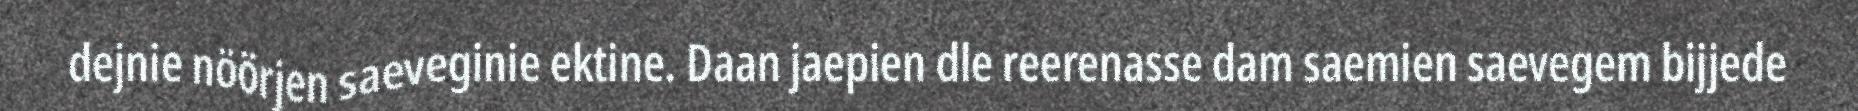
dejnie nöörjen saeveginie ektine. Daan jaepien dle reerenasse dam saemien saevegem bijjede